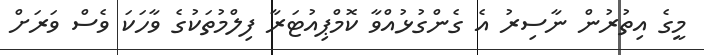
މީގެ އިތުރުން ނާސިރު އެ ގެންގުޅުއްވާ ކޮމްޕިއުޓަރާ ފިލްމުތަކުގެ ވާހަކަ ވެސް ވަރަށް